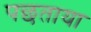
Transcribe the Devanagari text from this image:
पछताया